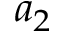
a _ { 2 }